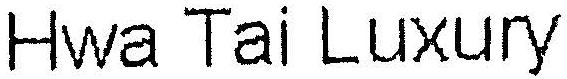
HWA TAI LUXURY